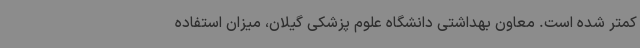
کمتر شده است. معاون بهداشتی دانشگاه علوم پزشکی گیلان، میزان استفاده